Plague in India, 1896, 1897 - Volume 2
Year: 1896
Disease focus: Plague
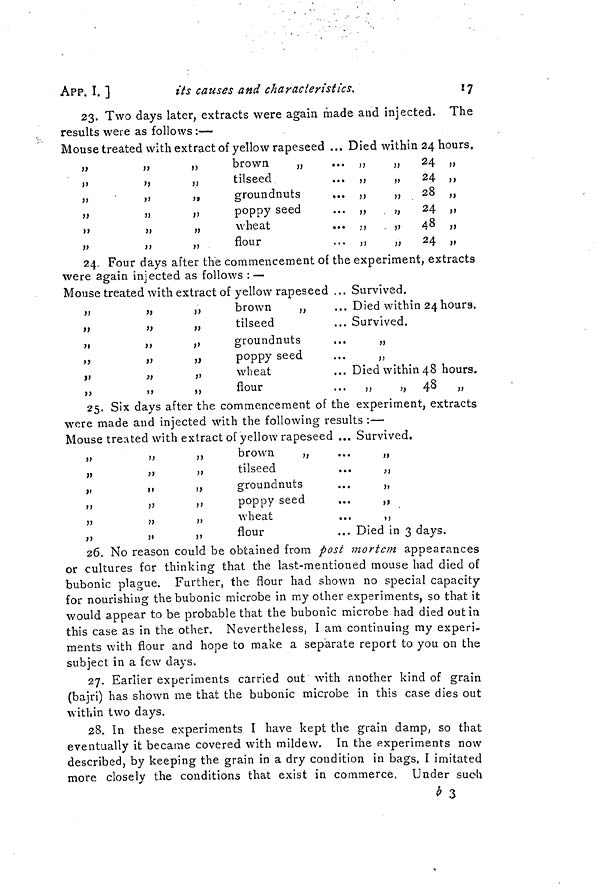
17
APP. I. ]
its causes and characteristics.
23. Two days later, extracts were again made and injected. The
results were as follows :—
Mouse treated with extract of yellow rapeseed ... Died
brown
„
tilseed
groundnuts
poppy seed
wheat
flour
within 24 hours.
24
24
28
24
48
24
24. Four days after the commencement of the experiment, extracts
were again injected as follows : —
Mouse treated with extract of yellow rapeseed
„
,,
brown
„
„
„
tilseed
,,
,,
groundnuts
„
„
poppy seed
„
„
wheat
,,
„
flour
... Survived.
... Died within 24 hours.
... Survived.
...
„
... Died within 48 hours.
... „ 48
25. Six days after the commencement of the experiment, extracts
were made and injected with the following results :—
Mouse treated with extract of yellow rapeseed ...
brown
,,
tilseed
groundnuts
poppy seed
wheat
flour
...
...
...
...
...
...
Survived.
Died in 3 days.
20. No reason could be obtained from post mortem appearances
or cultures for thinking that the last-mentioned mouse had died of
bubonic plague. Further, the flour had shown no special capacity
for nourishing the bubonic microbe in my other experiments, so that it
would appear to be probable that the bubonic microbe had died out in
this case as in the other. Nevertheless, I am continuing my experi-
ments with flour and hope to make a separate report to you on the
subject in a few days.
27. Earlier experiments carried out with another kind of grain
(bajri) has shown me that the bubonic microbe in this case dies out
within two days.
28. In these experiments I have kept the grain damp, so that
eventually it became covered with mildew. In the experiments now
described, by keeping the grain in a dry condition in bags, I imitated
more closely the conditions that exist in commerce. Under such
b 3